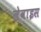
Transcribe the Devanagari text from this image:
लेवाइस